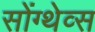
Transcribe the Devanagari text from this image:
सोंग्थेव्स